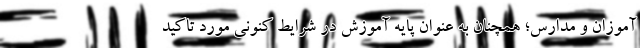
آموزان و مدارس‌‌؛ همچنان به عنوان پایه آموزش در شرایط کنونی مورد تاکید